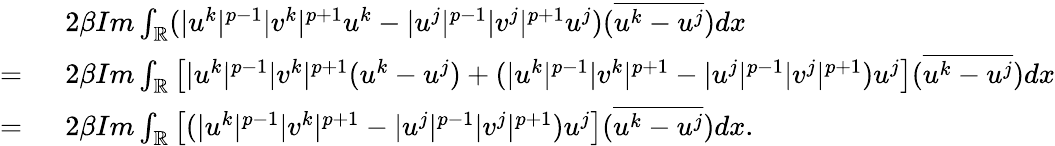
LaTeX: \begin{array}{rl}&{2\beta Im\int_{\mathbb{R}}(|u^{k}|^{p-1}|v^{k}|^{p+1}u^{k}-|u^{j}|^{p-1}|v^{j}|^{p+1}u^{j})(\overline{{u^{k}-u^{j}}})dx}\\ {=\ }&{2\beta Im\int_{\mathbb{R}}\left[|u^{k}|^{p-1}|v^{k}|^{p+1}(u^{k}-u^{j})+(|u^{k}|^{p-1}|v^{k}|^{p+1}-|u^{j}|^{p-1}|v^{j}|^{p+1})u^{j}\right](\overline{{u^{k}-u^{j}}})dx}\\ {=\ }&{2\beta Im\int_{\mathbb{R}}\left[(|u^{k}|^{p-1}|v^{k}|^{p+1}-|u^{j}|^{p-1}|v^{j}|^{p+1})u^{j}\right](\overline{{u^{k}-u^{j}}})dx.}\end{array}